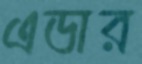
এডার